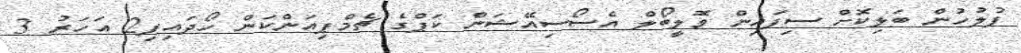
ފުލުހުން ބަލިކޮށް ސިފައިން ވޮލީބޯލް އެސޯސިއޭޝަން ކަޕްގެ ޗެމްޕިއަންކަން ހޯދައިފި2 އަހަރު 3